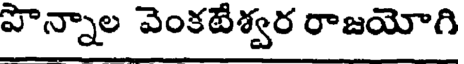
పొన్నాల వెంకటేశ్వర రాజయోగి